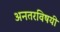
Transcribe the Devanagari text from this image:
अनतरविषयी